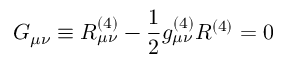
G _ { \mu \nu } \equiv R _ { \mu \nu } ^ { ( 4 ) } - { \frac { 1 } { 2 } } g _ { \mu \nu } ^ { ( 4 ) } R ^ { ( 4 ) } = 0